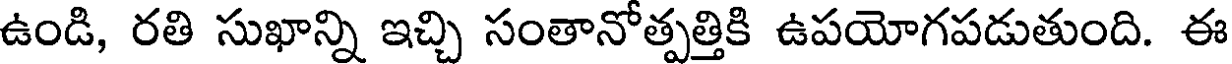
ఉండి, రతి సుఖాన్ని ఇచ్చి సంతానోత్పత్తికి ఉపయోగపడుతుంది. ఈ